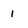
Character: 1